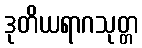
ဒုတိယရာဂသုတ္တ